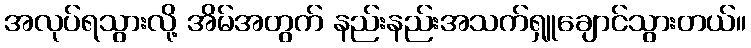
အလုပ်ရသွားလို့ အိမ်အတွက် နည်းနည်းအသက်ရှူချောင်သွားတယ်။